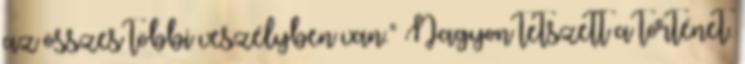
az összes többi veszélyben van." Nagyon tetszett a történet.